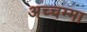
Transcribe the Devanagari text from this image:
अच्चम्मा